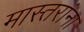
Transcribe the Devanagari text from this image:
मास्तरांना